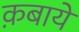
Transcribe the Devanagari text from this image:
क़बायें